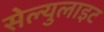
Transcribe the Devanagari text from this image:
सेल्युलाइट